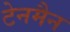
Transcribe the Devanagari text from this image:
टेनमैन